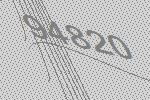
94820